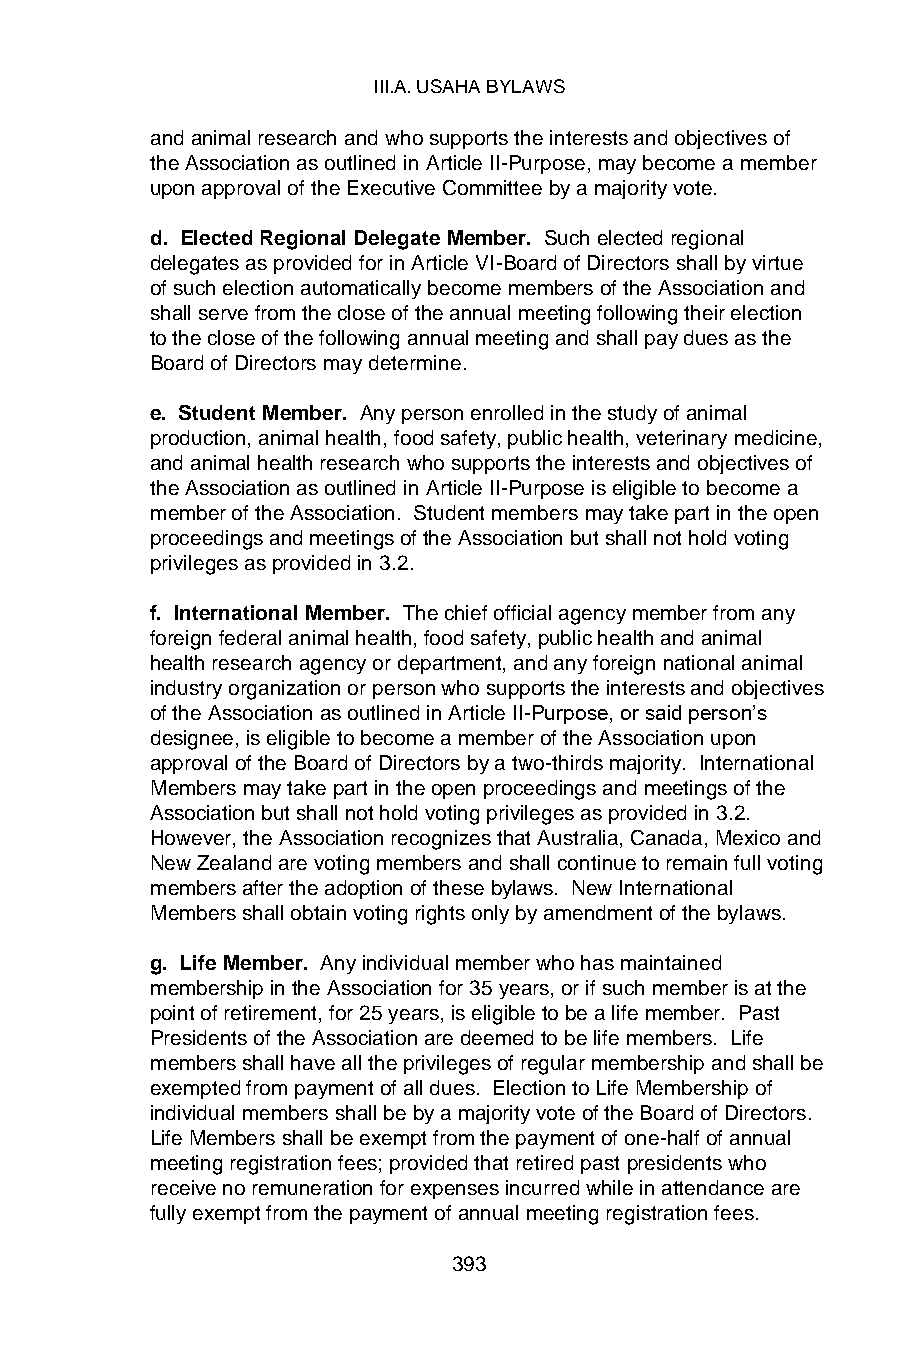
III.A. USAHA BYLAWS
 and animal research and who supports the interests and objectives of
 the Association as outlined in Article II-Purpose, may become a member
 upon approval of the Executive Committee by a majority vote.
 d. Elected Regional Delegate Member. Such elected regional
 delegates as provided for in Article VI-Board of Directors shall by virtue
 of such election automatically become members of the Association and
 shall serve from the close of the annual meeting following their election
 to the close of the following annual meeting and shall pay dues as the
 Board of Directors may determine.
 e. Student Member. Any person enrolled in the study of animal
 production, animal health, food safety, public health, veterinary medicine,
 and animal health research who supports the interests and objectives of
 the Association as outlined in Article II-Purpose is eligible to become a
 member of the Association. Student members may take part in the open
 proceedings and meetings of the Association but shall not hold voting
 privileges as provided in 3.2.
 f. International Member. The chief official agency member from any
 foreign federal animal health, food safety, public health and animal
 health research agency or department, and any foreign national animal
 industry organization or person who supports the interests and objectives
 of the Association as outlined in Article II-Purpose, or said person’s
 designee, is eligible to become a member of the Association upon
 approval of the Board of Directors by a two-thirds majority. International
 Members may take part in the open proceedings and meetings of the
 Association but shall not hold voting privileges as provided in 3.2.
 However, the Association recognizes that Australia, Canada, Mexico and
 New Zealand are voting members and shall continue to remain full voting
 members after the adoption of these bylaws. New International
 Members shall obtain voting rights only by amendment of the bylaws.
 g. Life Member. Any individual member who has maintained
 membership in the Association for 35 years, or if such member is at the
 point of retirement, for 25 years, is eligible to be a life member. Past
 Presidents of the Association are deemed to be life members. Life
 members shall have all the privileges of regular membership and shall be
 exempted from payment of all dues. Election to Life Membership of
 individual members shall be by a majority vote of the Board of Directors.
 Life Members shall be exempt from the payment of one-half of annual
 meeting registration fees; provided that retired past presidents who
 receive no remuneration for expenses incurred while in attendance are
 fully exempt from the payment of annual meeting registration fees.
 393